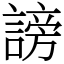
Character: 謗